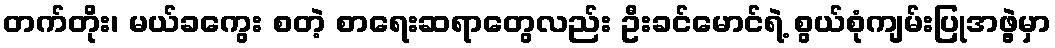
တက်တိုး၊ မယ်ခကွေး စတဲ့ စာရေးဆရာတွေလည်း ဦးခင်မောင်ရဲ့ စွယ်စုံကျမ်းပြုအဖွဲ့မှာ